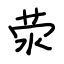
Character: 荥